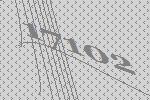
17102